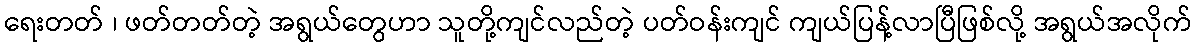
ရေးတတ် ၊ ဖတ်တတ်တဲ့ အရွယ်တွေဟာ သူတို့ကျင်လည်တဲ့ ပတ်ဝန်းကျင် ကျယ်ပြန့်လာပြီဖြစ်လို့ အရွယ်အလိုက်